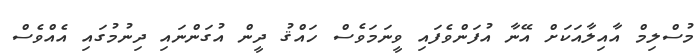
މުސްލިމް އާއިލާއަކަށް އޭނާ އުފަންވެފައި ވީނަމަވެސް ހައްޤު ދީން އުގަންނައި ދިނުމުގައި އެއްވެސް